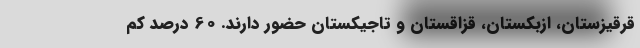
قرقیزستان، ازبکستان، قزاقستان و تاجیکستان حضور دارند. 60 درصد کم